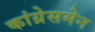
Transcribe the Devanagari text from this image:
कांग्रेसमेन